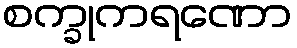
စက္ခုကရဏော